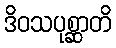
ဒိဝသပုစ္ဆာတိ